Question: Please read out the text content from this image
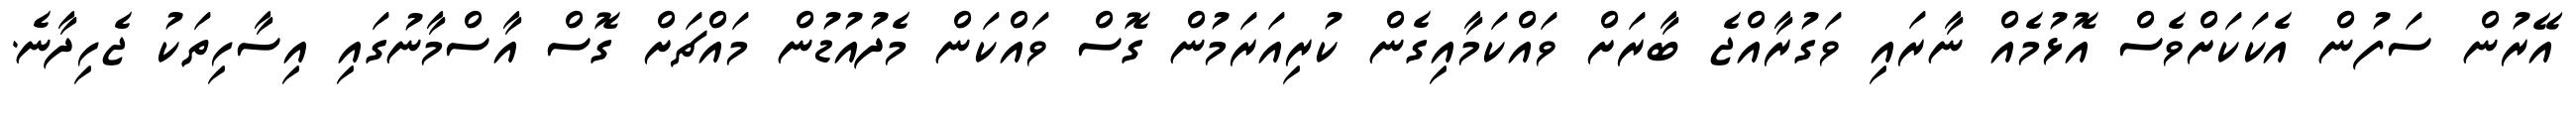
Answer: އޭރުން ސަފުން އެކަކަށްވެސް އޮޅުމެއް ނާރައި ވަގުރާއްޖެ ބާރަށް ވައްކަމާއިގެން ކުރިއަރަމުން ގޮސް ވައްކަން މެދުއުޑުން މައްޗަށް ގޮސް އާސްމާނުގައި އިސާހިތަކު ޖެހިދާނެ.